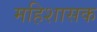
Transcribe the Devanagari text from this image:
महिशासक